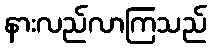
နားလည်လာကြသည်